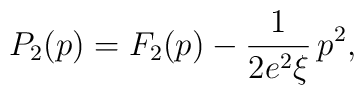
P_2(p) = F_2(p) - \frac{1}{2 e^2\xi}\,p^2,